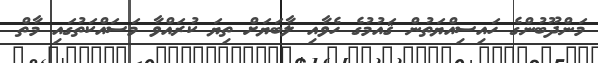
މަންދޫބުންގެ ހައިސިއްޔަތުން ޤައުމުގެ ހެވާއި ލާބަޔަށް ތިޔަ ކުރައްވާ މަސައްކަތުގައި މާތް